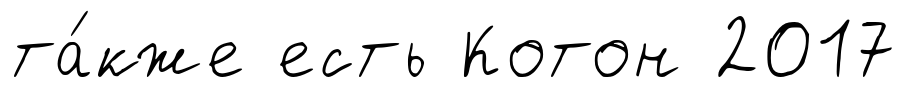
та́кже есть Котон 2017